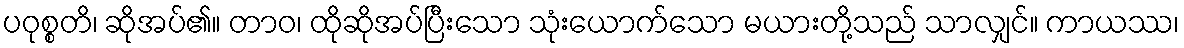
ပဝုစ္စတိ၊ ဆိုအပ်၏။ တာဝ၊ ထိုဆိုအပ်ပြီးသော သုံးယောက်သော မယားတို့သည် သာလျှင်။ ကာယဿ၊